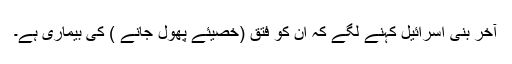
آخر بنی اسرائیل کہنے لگے کہ ان کو فتق (خصیئے پھول جانے ) کی بیماری ہے۔